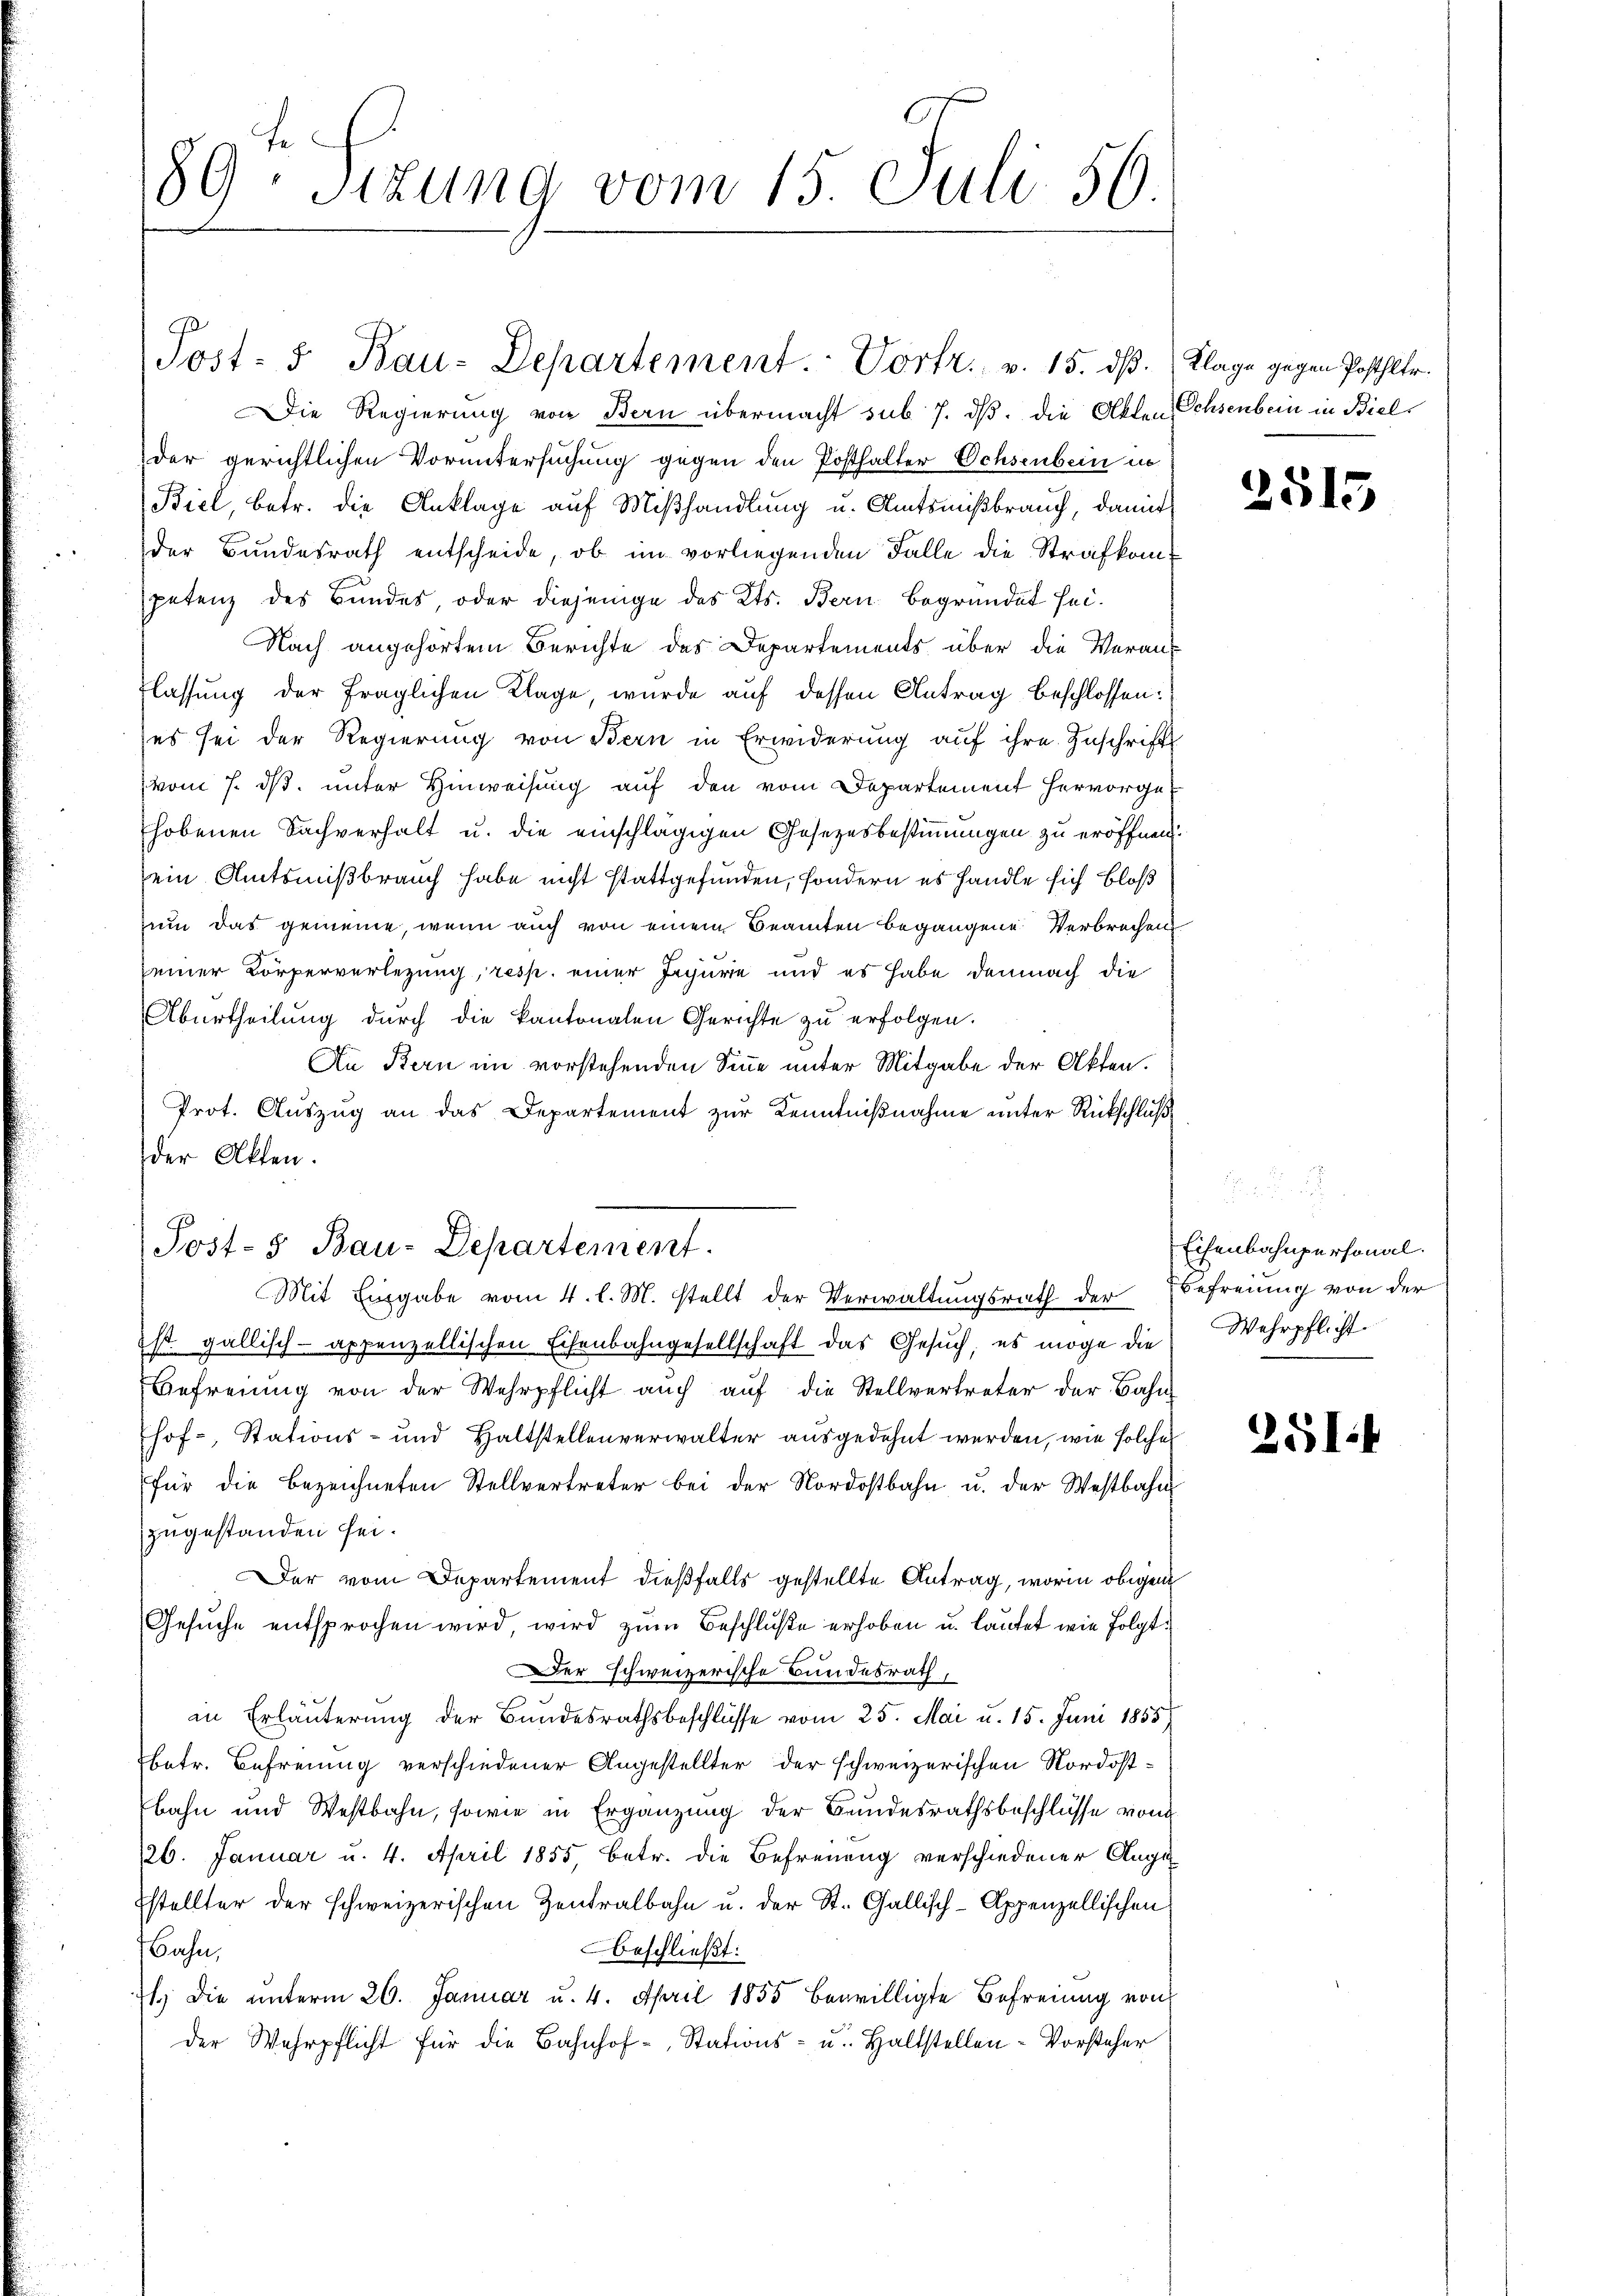
89te Sitzung vom 15. Juli 56.

Die Regierung von Bern übermacht sub 7. ds. die Akten Ochsenbein in Bielder gerichtlichen Voruntersuchung gegen den Posthalter Ochsenbein in
Biel, betr. die Anklage auf Mißhandlung u. Amtsmißbrauch, damit
der Bundesrath entscheide, ob im vorliegenden Falle die Strafkompetenz des Bundes, oder diejenige des Kts. Bern begründet sei¬
Nach angehörtem Berichte des Departements über die Verans
flassung der fraglichen Klage, wurde auf dessen Antrag beschlossen:
es sei der Regierung von Bern in Erwiderung auf ihre Zuschrift
vom 7. ds. unter Hinweisung auf den vom Departement hervorgehobenen Sachverhalt u. die einschlägigen Gesetzesbestimmungen zu eröffnen.
sein Amtsnißbrauch habe nicht stattgefunden, sondern es handle sich bloß
num das gemeine, wenn auch von einem Beamten begangene Verbrechen
seiner Körperverlegung, resp. einer Jepurie und es habe demnach die
Aburtheilung dŭrch die kantonalen Gerichte zŭ erfolgen.
An Bern im vorstehenden Sinne unter Mitgabe der Akten.
Prot. Auszug an das Departement zur Kenntnißnahme unter Rückschluß
der Akten.
7
Jost-5 Bau-Departement
Mit Eingabe vom 4. l. M. stellt der Verwaltungsrath der
st. gallisch- appenzellischen Eisenbahngesellschaft das Gesŭch, es möge die Wehrpflicht.
Befreiung von der Wehrpflicht auch auf die Stellvertreter der Bahn
hof-, Stations- und Haltstellenverwalter ausgedehnt werden, wie solche
für die bezeichneten Stellvertreter bei der Nordostbahn u. der Westbahn
zugestanden sei.
Der vom Departement dießfalls gestellte Antrag, worin obigem
Gesŭche entsprochen wird wird zŭm Beschluße erhoben u. lautet wie folgt:
Der schweizerische Bundesrath,
an Erläuterung der Bundesrathsbeschlüsse vom 25. Mai u. 15. Juni 1855
betr. Befreiung verschiedener Angestellter der schweizerischen Nordostbahn und Westbahn, sowie in Ergänzung der Bundesrathsbeschlüsse von
26. Januar u. 4. April 1855, betr. die Befreuung verschiedener Auge
stellter der schweizerischen Zentralbahn u. der St. Gallisch-Appenzellischen
beschließt:
ahn,
l. die ŭnterm 26. Januar u. 4. April 1855 bewilligte Befreiung von
der Wehrpflicht für die Bahnhof-Stations- u. Haltstellen-Vorsteher

Post- 5. Bau-Departement. Vortr. v. 15. dβ.

Klage gegen Posthler.

2515

Eisenbahnpersonal.
Befreiung von der

251: